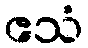
ဧသံ